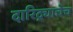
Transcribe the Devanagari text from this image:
दारिद्र्याचेच